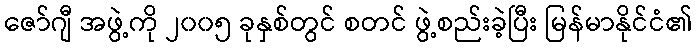
ဇော်ဂျီ အဖွဲ့ကို ၂၀၀၅ ခုနှစ်တွင် စတင် ဖွဲ့စည်းခဲ့ပြီး မြန်မာနိုင်ငံ၏